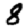
Digit: 8